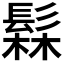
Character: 𬴫